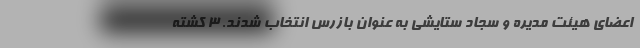
اعضای هیئت مدیره و سجاد ستایشی به عنوان بازرس انتخاب شدند. ۳ کشته